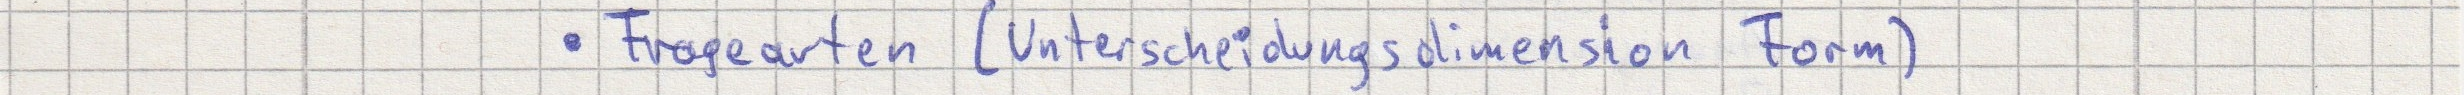
- Fragearten (Unterscheidungsdimension Form)